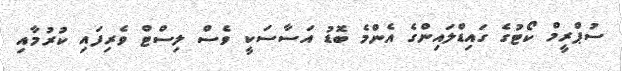
ސުޕްރީމް ކޯޓުގެ ގައިޑްލައިންގެ އެންމެ ބޮޑު އަސާސަކީ ވެސް ލިސްޓް ވެރިފައި ކުރުމާއި